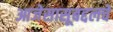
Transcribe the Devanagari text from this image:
आजेसासूबद्दलचे